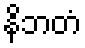
နိဘတံ